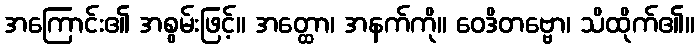
အကြောင်း၏ အစွမ်းဖြင့်။ အတ္ထော၊ အနက်ကို။ ဝေဒိတဗ္ဗော၊ သိထိုက်၏။